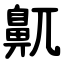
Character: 鼿